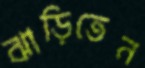
ঝাড়িতেন